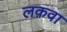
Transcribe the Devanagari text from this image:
लक़वा